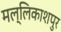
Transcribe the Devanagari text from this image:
मल्लिकाशपुर